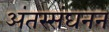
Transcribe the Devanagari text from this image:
अंतस्संघनन